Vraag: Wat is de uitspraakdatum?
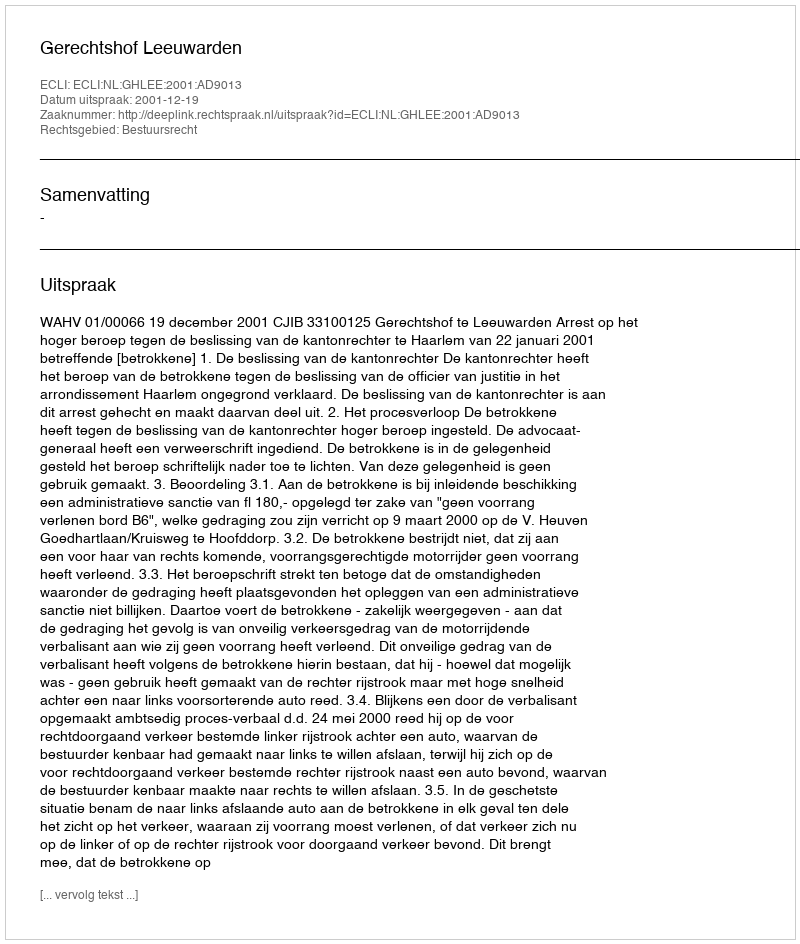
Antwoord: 2001-12-19